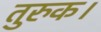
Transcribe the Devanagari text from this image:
तुरुक।